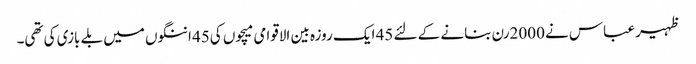
ظہیر عباس نے 2000رن بنانے کے لئے 45 ایک روزہ بین الاقوامی میچوں کی45 اننگوں میں بلے بازی کی تھی۔